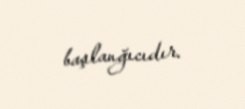
başlanğıcıdır.